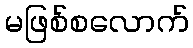
မဖြစ်စလောက်